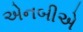
એનબીએ